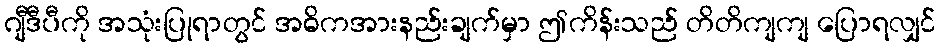
ဂျီဒီပီကို အသုံးပြုရာတွင် အဓိကအားနည်းချက်မှာ ဤကိန်းသည် တိတိကျကျ ပြောရလျှင်